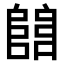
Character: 𨺅